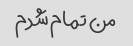
من تمام شدم